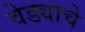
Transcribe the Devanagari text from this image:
वेड्याचे